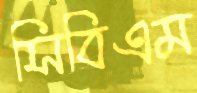
সিবিএম